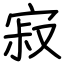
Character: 寂